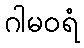
ဂါမဝရံ